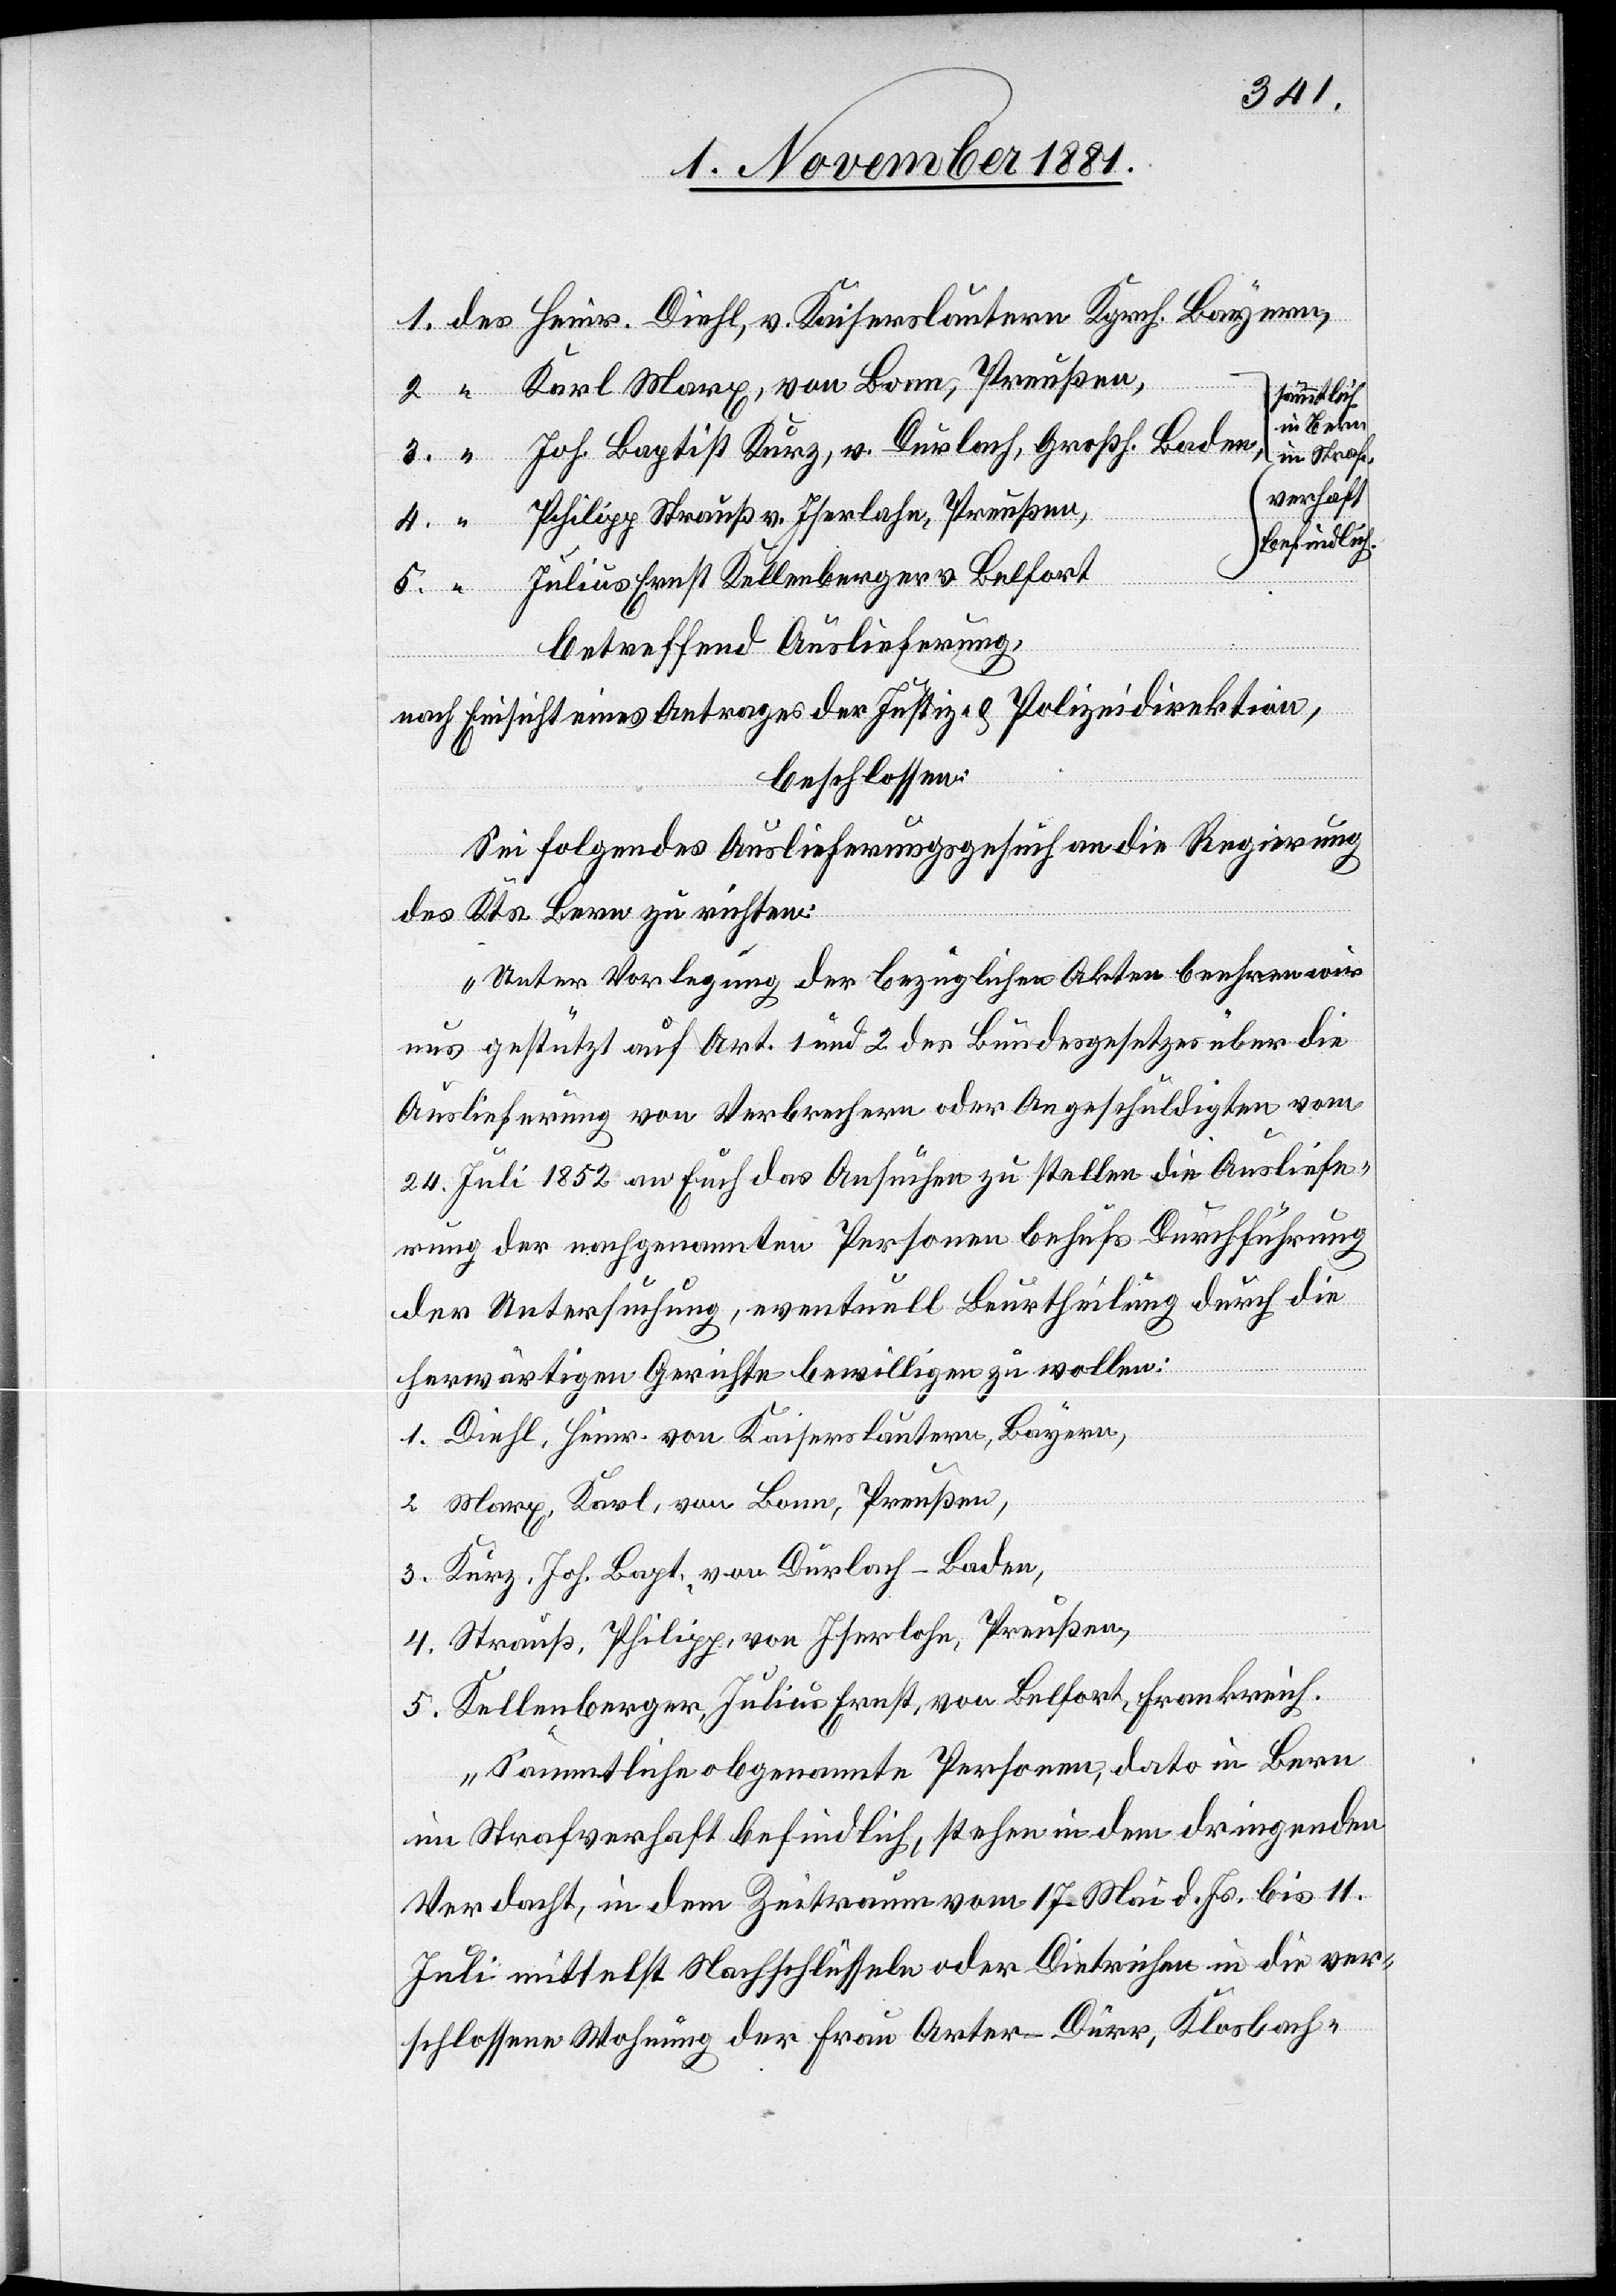
1. des Heinr. Diehl, v. Kaiserslautern Kgrch. Bayern,
2. “ Karl Marx, von Bonn, Preußen,
sämmtlich
in Baden
3. “ Joh. Baptist Kurz, v. Durlach, Großh. Baden,
in Straf¬
verhaft
4. “ Philipp Strauß v. Iserlohn, Preußen,
befindlich.
5. “ Julius Ernst Kellenberger v. Belfort
betreffend Auslieferung,
nach Einsicht eines Antrages der Justiz- & Polizeidirektion,
beschlossen:
Sei folgendes Auslieferungsgesuch an die Regierung
des Kts. Bern zu richten:
„Unter Vorlegung der bezüglichen Akten beehren wir
uns gestützt auf Art. 1 und 2 des Bundesgesetzes über die
Auslieferung von Verbrechern oder Angeschuldigten vom
24. Juli 1852 an Euch das Gesuchen zu stellen die Ausliefe¬
rung der nachgenannten Personen behufs Durchführung
der Untersuchung, eventuell Beurtheilung durch die
herwärtigen Gerichte bewilligen zu wollen:
1. Diehl, Heinr. von Kaiserslautern, Bayern,
2. Marx, Karl, von Bonn, Preußen,
3. Kurz, Joh. Bapt, von Durlach - Baden,
4. Straus, Philipp, von Iserlohn, Preußen,
5. Kellenberger, Julius Ernst, von Belfort, Frankreich.
Sämmtliche obgenannte Personen, dato in Bern
im Strafverhaft befindlich, stehen in dem dringenden
Verdacht, in dem Zeitraum vom 17. Mai d. Js. bis 11.
Juli mittelst Nachschlüsseln oder Dietrichen in die ver¬
schlossene Wohnung der Frau Orter-Dürr, Klosbach-